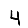
Digit: 4